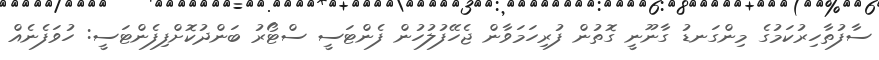
ސާފުތާހިރުކަމުގެ މިންގަނޑު ގާނޫނީ ގޮތުން ފުރިހަމަވާން ޖެހޭފުލުހުން ފެންޓަސީ ސްޓޯރު ބަންދުކޮށްފިފެންޓަސީ: ހުވަފެނެއް